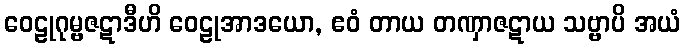
ဝေဠုဂုမ္ဗဇဋာဒီဟိ ဝေဠုအာဒယော, ဧဝံ တာယ တဏှာဇဋာယ သဗ္ဗာပိ အယံ